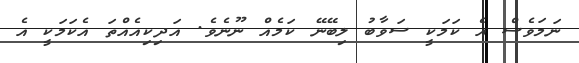
ނަމަވެސް އެ ކަމަކީ ސަވާބު ލިބޭނޭ ކަމެއް ނޫނެވެ. އަދިކިއެއްތަ އެކަމަކީ އެ